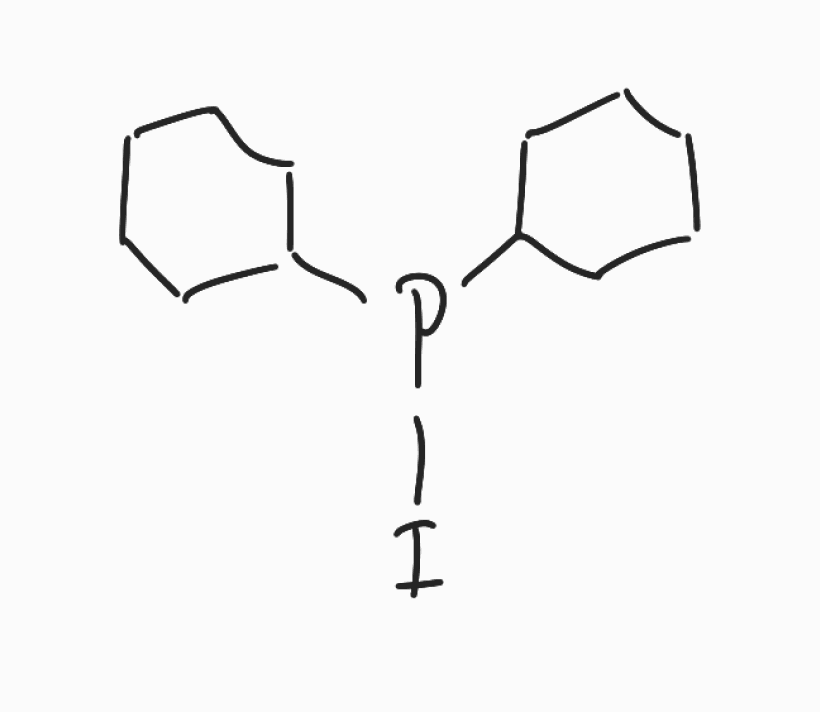
Simplified molecular-input line-entry system (SMILES) notation of the given molecule:
C1CCC(CC1)P(C2CCCCC2)I